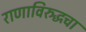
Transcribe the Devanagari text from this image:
राणाविरुद्धचा